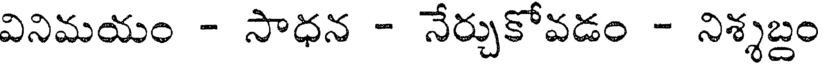
వినిమయం - సాధన - నేర్చుకోవడం - నిశ్శబ్దం